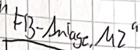
Text: "FB-Anlage.M2"